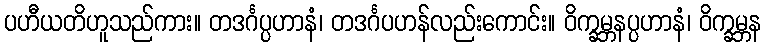
ပဟီယတိဟူသည်ကား။ တဒင်္ဂပ္ပဟာနံ၊ တဒင်္ဂပဟန်လည်းကောင်း။ ဝိက္ခမ္ဘနပ္ပဟာနံ၊ ဝိက္ခမ္ဘန